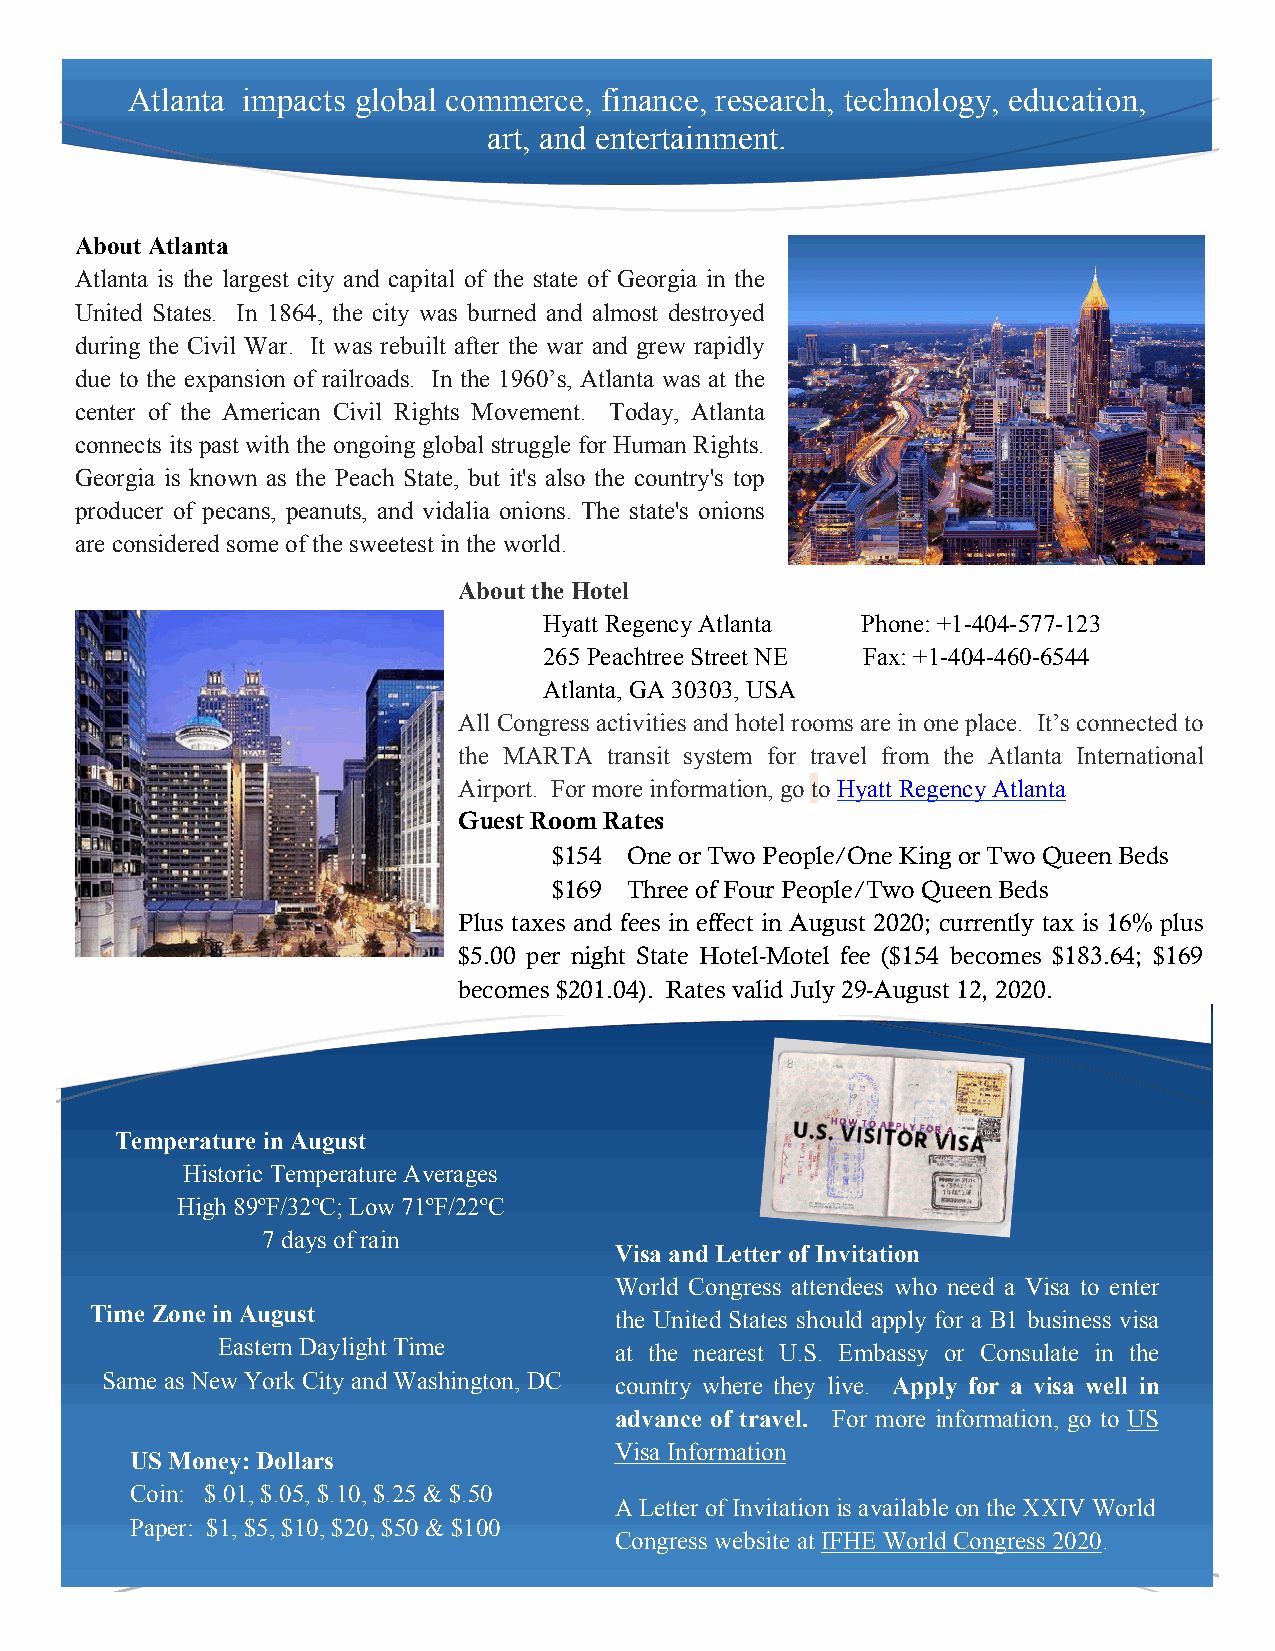
Atlanta impacts global commerce, finance, research, technology, education,
 art, and entertainment.
 About Atlanta
 Atlanta is the largest city and capital of the state of Georgia in the
 United States. In 1864, the city was burned and almost destroyed
 during the Civil War. It was rebuilt after the war and grew rapidly
 due to the expansion of railroads. In the 1960’s, Atlanta was at the
 center of the American Civil Rights Movement. Today, Atlanta
 connects its past with the ongoing global struggle for Human Rights.
 Georgia is known as the Peach State, but it's also the country's top
 producer of pecans, peanuts, and vidalia onions. The state's onions
 are considered some of the sweetest in the world.
 About the Hotel
 Hyatt Regency Atlanta Phone: +1-404-577-123
 265 Peachtree Street NE Fax: +1-404-460-6544
 Atlanta, GA 30303, USA
 All Congress activities and hotel rooms are in one place. It’s connected to
 the MARTA transit system for travel from the Atlanta International
 Airport. For more information, go to Hyatt Regency Atlanta
 Guest Room Rates
 $154 One or Two People/One King or Two Queen Beds
 $169 Three of Four People/Two Queen Beds
 Plus taxes and fees in effect in August 2020; currently tax is 16% plus
 $5.00 per night State Hotel-Motel fee ($154 becomes $183.64; $169
 becomes $201.04). Rates valid July 29-August 12, 2020.
 Temperature in August
 Historic Temperature Averages
 High 89ºF/32ºC; Low 71ºF/22ºC
 7 days of rain
 Visa and Letter of Invitation
 World Congress attendees who need a Visa to enter
 Time Zone in August                the United States should apply for a B1 business visa
 Eastern Daylight Time      at the nearest U.S. Embassy or Consulate in the
 Same as New York City and Washington, DC country where they live. Apply for a visa well in
 advance of travel. For more information, go to US
 Visa Information
 US Money: Dollars
 Coin: $.01, $.05, $.10, $.25 & $.50
 A Letter of Invitation is available on the XXIV World
 Paper: $1, $5, $10, $20, $50 & $100
 Congress website at IFHE World Congress 2020.
 2